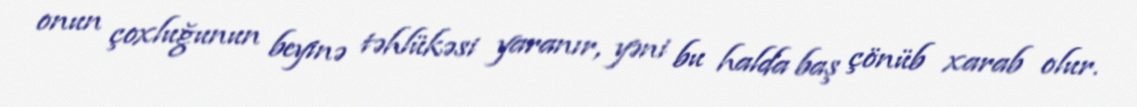
onun çoxluğunun beyinə təhlükəsi yaranır, yəni bu halda baş çönüb xarab olur.